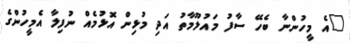
"އެ މީހުންނާ ބެހޭ ސާފު މައުލޫމާތު އަދި މުޅިން އޮޅުމެއް ނުފިލާ އެމީހުންގެ